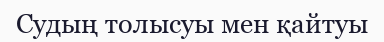
Судың толысуы мен қайтуы